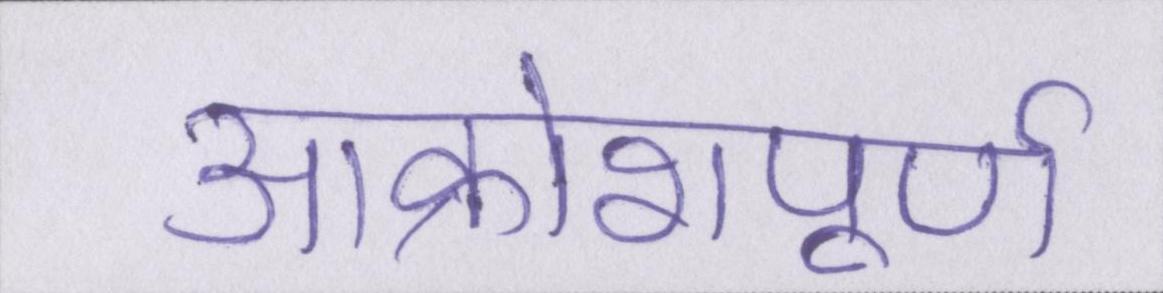
आक्रोशपूर्ण